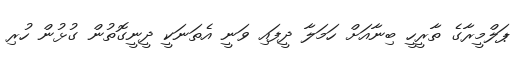
ޕަލްމީރާގެ ތާރީހީ ބިނާއަށް ހަމަލާ ދީފައި ވަނީ އެތަނަކީ ދީނީގޮތުން ގުޅުން ހުރި